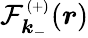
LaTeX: {\mathcal{F}_{\boldsymbol{k}_{-}}^{_{(+)}}(\boldsymbol{r})}